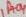
Text: 1H04